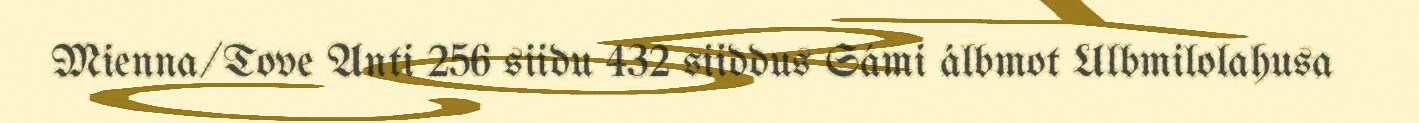
Mienna/Tove Anti 256 siidu 432 siiddus Sámi álbmot Ulbmilolahusa